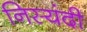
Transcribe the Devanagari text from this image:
निस्यंदी